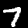
Digit: 7